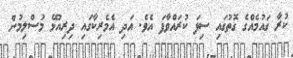
ކުރާ ގައުމެއްގެ ގޮތުގައި ސިފަ ކުރައްވާފަ އެވެ. އަދި އެމެރިކާގައި ދިރިއުޅޭ މުސްލިމުން